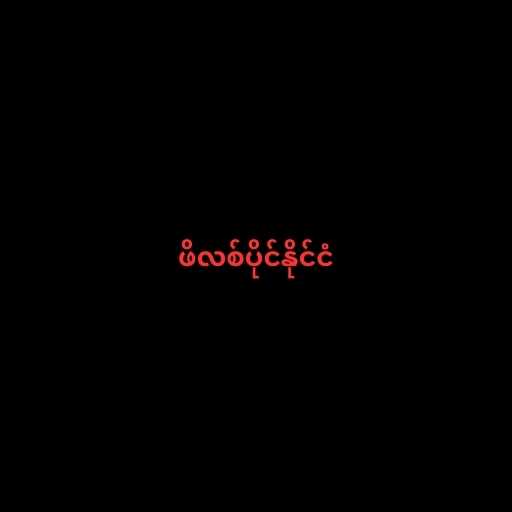
ဖိလစ်ပိုင်နိုင်ငံ